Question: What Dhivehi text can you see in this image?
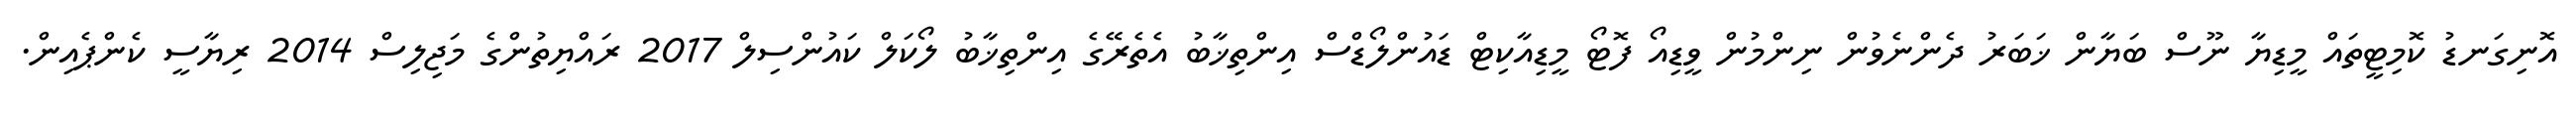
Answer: އޮނިގަނޑު ކޮމިޓީތައް މީޑިޔާ ނޫސް ބަޔާން ޚަބަރު ދެންނެވުން ނިންމުން ވީޑިއޯ ފޮޓޯ މީޑިއާކިޓް ޑައުންލޯޑްސް އިންތިޚާބު އެތެރޭގެ އިންތިޚާބު ލޯކަލް ކައުންސިލް 2017 ރައްޔިތުންގެ މަޖިލިސް 2014 ރިޔާސީ ކެންޕެއިން.